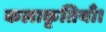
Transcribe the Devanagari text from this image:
कलाकृतियाँ।